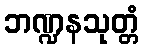
ဘဏ္ဍနသုတ္တံ